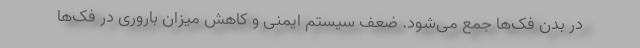
در بدن فک‌ها جمع می‌شود. ضعف سیستم ایمنی و کاهش میزان باروری در فک‌ها